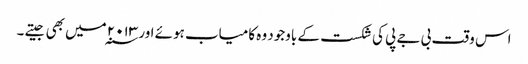
اس وقت بی جے پی کی شکست کے باوجود وہ کامیاب ہوئے اور ۲۰۱۳ ؁میں بھی جیتے ۔